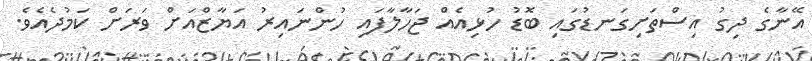
އޭނާގެ ދިގު އިސްތަށިގަނޑުގައި ބޮޑު ހުޅިއެއް ޖަހާލާފައި ހުންނައިރު އަޔާޒްއަށް ވަރަށް ކަމުދެއެވެ.